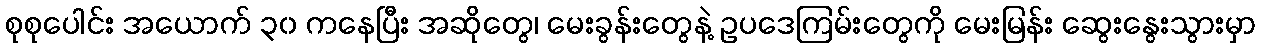
စုစုပေါင်း အယောက် ၃၀ ကနေပြီး အဆိုတွေ၊ မေးခွန်းတွေနဲ့ ဥပဒေကြမ်းတွေကို မေးမြန်း ဆွေးနွေးသွားမှာ